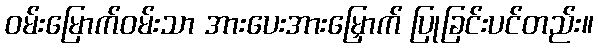
ဝမ်းမြောက်ဝမ်းသာ အားပေးအားမြှောက် ပြုခြင်းပင်တည်း။